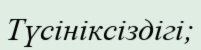
Түсініксіздігі;